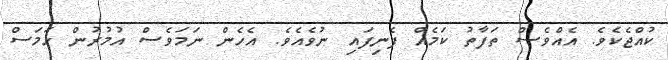
ކުއްޖެކެވެ. އެއްވެސް ތަފާތު ކަމެއް ފެނިފައި ނުވެއެވެ. އެހެން ނަމަވެސް އުމުރުން ހަމަސް